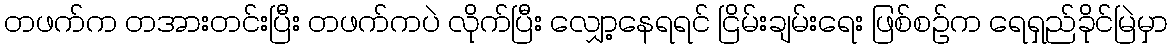
တဖက်က တအားတင်းပြီး တဖက်ကပဲ လိုက်ပြီး လျှော့နေရရင် ငြိမ်းချမ်းရေး ဖြစ်စဉ်က ရေရှည်ခိုင်မြဲမှာ